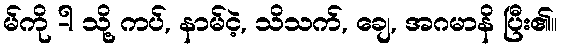
မ်ကို -ါ သို့ ကပ်, နာမ်ငဲ့, သိသက်, ချေ, အဂမာနိ ပြီး၏။